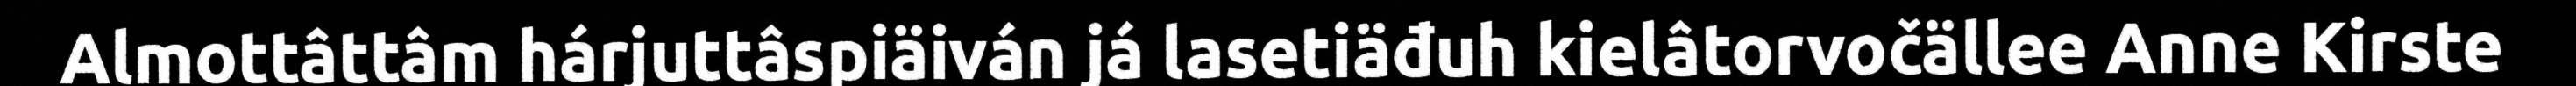
Almottâttâm hárjuttâspiäiván já lasetiäđuh kielâtorvočällee Anne Kirste